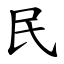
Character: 民